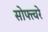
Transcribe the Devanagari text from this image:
सोफ्त्वरे